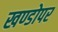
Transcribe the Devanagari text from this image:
खण्डोपर